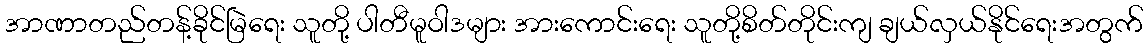
အာဏာတည်တန့်ခိုင်မြဲရေး သူတို့ ပါတီမူဝါဒများ အားကောင်းရေး သူတို့စိတ်တိုင်းကျ ချယ်လှယ်နိုင်ရေးအတွက်